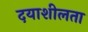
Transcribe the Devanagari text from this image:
दयाशीलता